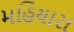
મહિયારા